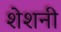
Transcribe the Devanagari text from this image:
शेशनी